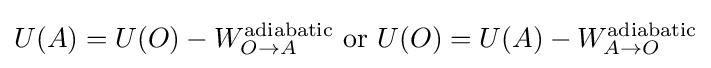
U(A)=U(O)-W_{O\to A}^{\mathrm {adiabatic} }\,\,\mathrm {or} \,\,U(O)=U(A)-W_{A\to O}^{\mathrm {adiabatic} }